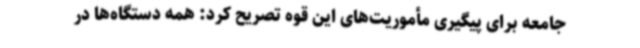
جامعه برای پیگیری مأموریت‌های این قوه تصریح کرد: همه دستگاه‌ها در